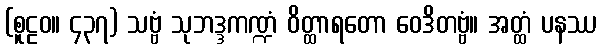
(စူဠဝ။ ၄၃၇) သဗ္ဗံ သုဘဒ္ဒကဏ္ဍံ ဝိတ္ထာရတော ဝေဒိတဗ္ဗံ။ အတ္ထံ ပနဿ